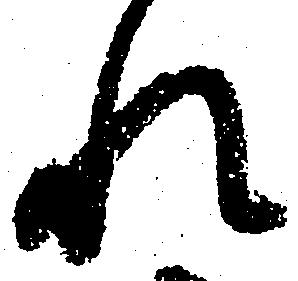
れ